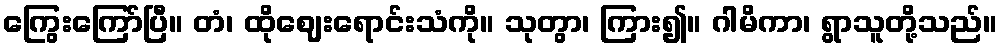
ကြွေးကြော်ပြီ။ တံ၊ ထိုဈေးရောင်းသံကို။ သုတွာ၊ ကြား၍။ ဂါမိကာ၊ ရွာသူတို့သည်။